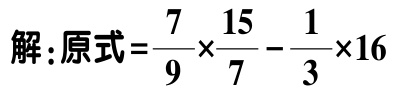
解：原式\(=\frac{7}{9} \times \frac{15}{7}-\frac{1}{3} \times 16\)